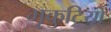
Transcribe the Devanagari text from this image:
भृकुटियों